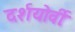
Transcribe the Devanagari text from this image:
दर्शयोर्वीः